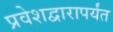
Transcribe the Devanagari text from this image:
प्रवेशद्वारापर्यंत